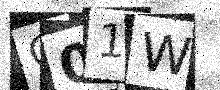
Text: Q01W